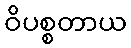
ဝိပစ္စတာယ